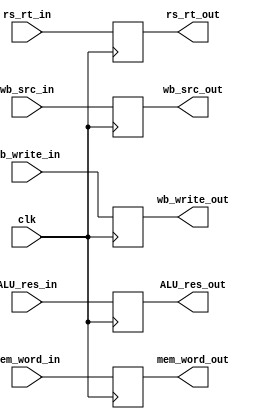
//-----------------------------------------------------------------------------
//
// Title       : MEM_WB
// Design      : mips pilining
// Author      : 
// Company     : 
//
//-----------------------------------------------------------------------------
//
// Generated   : Thu Dec 24 19:57:46 2015
// From        : interface description file
// By          : Itf2Vhdl ver. 1.22
//
//-----------------------------------------------------------------------------
//
// Description : 
//
//-----------------------------------------------------------------------------
`timescale 1 ns / 1 ps

//{{ Section below this comment is automatically maintained
//   and may be overwritten
//{module {MEM_WB}}
module MEM_WB (
	input [31:0] ALU_res_in,
	output reg [31:0] ALU_res_out,
	input [31:0] mem_word_in,
	output reg [31:0] mem_word_out,
	input [4:0] rs_rt_in,
	output reg [4:0] rs_rt_out,
	input wb_src_in,
	output reg wb_src_out,
	input wb_write_in,
	output reg wb_write_out,
	input clk);
	
	always @(posedge clk)
		begin
			ALU_res_out<=ALU_res_in;
			mem_word_out<=mem_word_in;
			rs_rt_out<=rs_rt_in;
			wb_src_out<=wb_src_in;
			wb_write_out<=wb_write_in;
		end
//}} End of automatically maintained section

// -- Enter your statements here -- //

endmodule